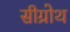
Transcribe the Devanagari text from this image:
सीग्रोथ